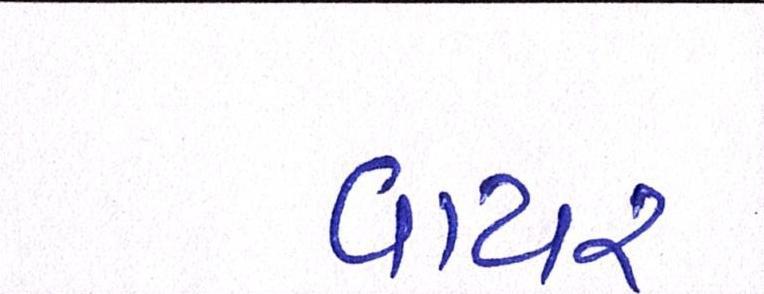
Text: વાયર